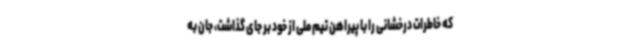
که خاطرات درخشانی را با پیراهن تیم ملی از خود بر جای گذاشت، جان به